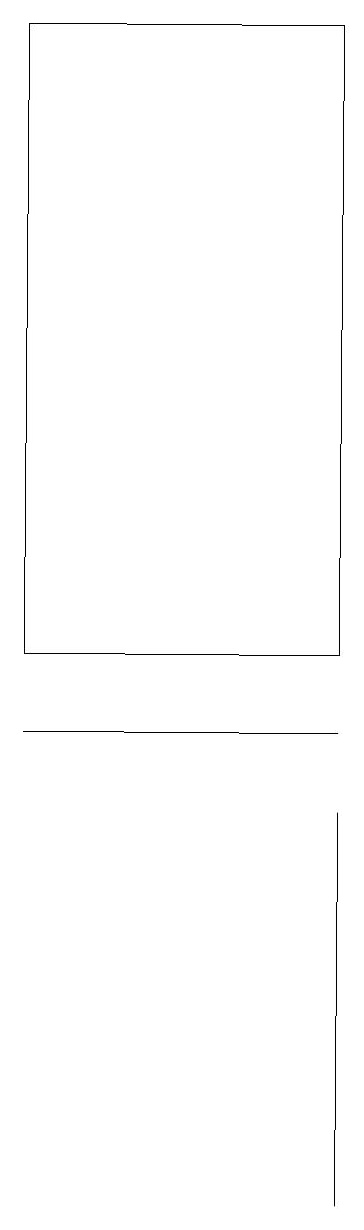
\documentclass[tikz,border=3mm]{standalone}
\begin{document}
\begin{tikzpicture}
\draw (4,10) rectangle (0,10);
\draw (4,11) rectangle (0,19);
\draw (4,7) -- (4,9) -- (4,4) -- cycle;
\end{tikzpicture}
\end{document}